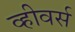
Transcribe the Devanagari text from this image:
व्हीवर्स